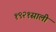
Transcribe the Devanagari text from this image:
१९२१साली